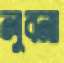
লুবনা